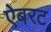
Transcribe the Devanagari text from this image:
ऐबरट